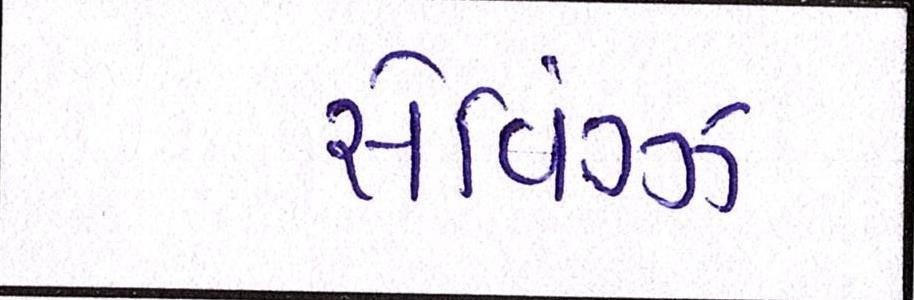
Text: સેવિંગ્ઝ